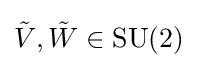
{\tilde {V}},{\tilde {W}}\in \operatorname {SU} (2)